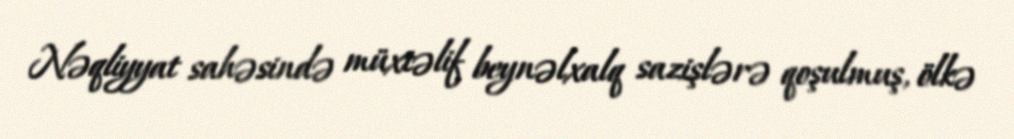
Nəqliyyat sahəsində müxtəlif beynəlxalq sazişlərə qoşulmuş, ölkə